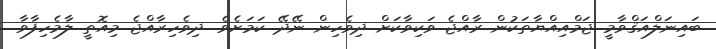
ބައިނަލްއަޤްވާމީ ޖަމްއިއްޔާތަކުން ރާއްޖެ ވަކިވާކަށް ދިވެހިން ނޭދޭ ކަމަށެވެ. ދިވެހިރާއްޖެ މިއޮތީ ލާމެހިފާވާ